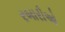
રબારીઓ